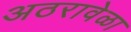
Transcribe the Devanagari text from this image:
अठरावेळा